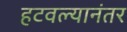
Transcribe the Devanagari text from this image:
हटवल्यानंतर